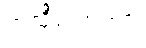
ကုသိုလ်အကျိုး